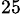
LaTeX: ^{25}